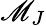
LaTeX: \mathscr{M}_{J}